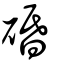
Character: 碈